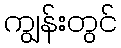
ကျွန်းတွင်